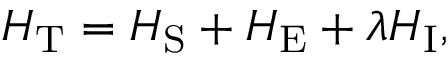
H _ { \mathrm { T } } = H _ { \mathrm { S } } + H _ { \mathrm { E } } + \lambda H _ { \mathrm { I } } ,